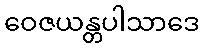
ဝေဇယန္တပါသာဒေ